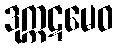
ဒုက္ကဋမေဝ